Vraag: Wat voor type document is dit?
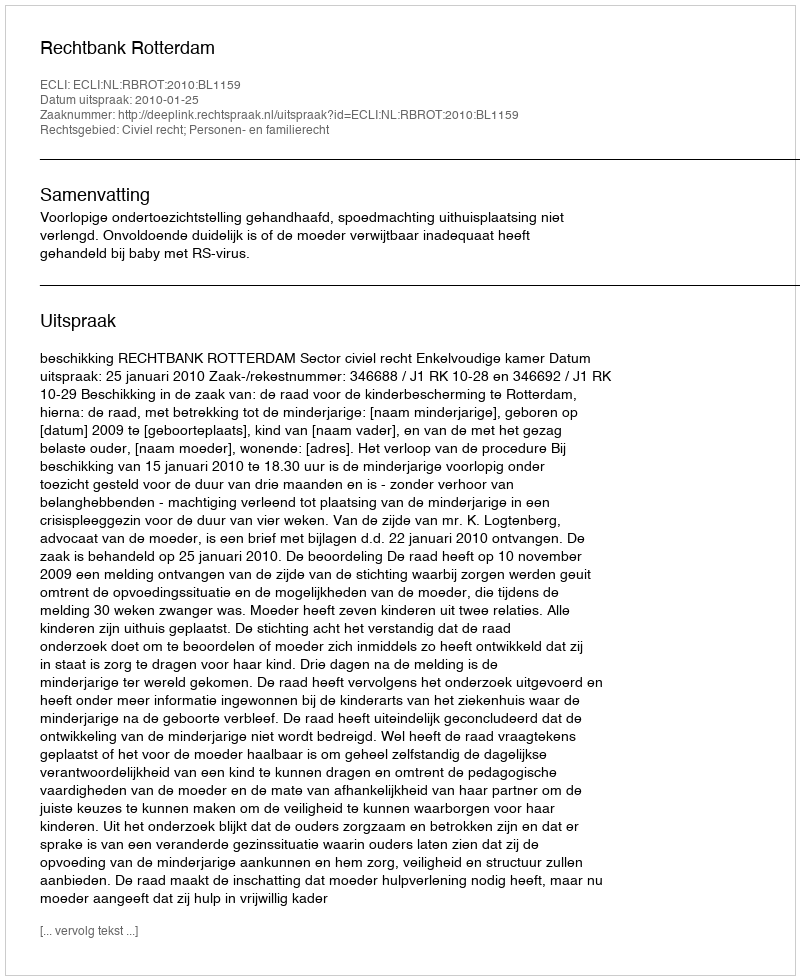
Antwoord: Uitspraak